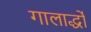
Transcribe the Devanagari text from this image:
गालार्द्धों